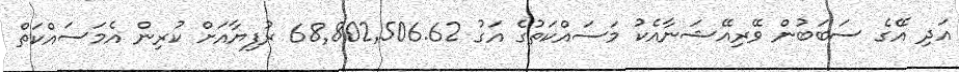
އަދި އޭގެ ސަބަބުން ވޭރިއޭޝަނާއެކު މަސައްކަތުގެ އަގު 68